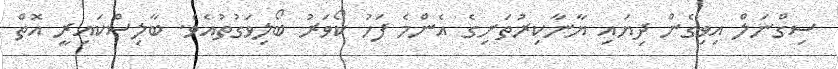
ސިގްނަލް އިވިގެން ދިޔައި ޔާނާކިރުތަށިގެ އެންމެ ފަހު ކޯވަރު ބޯލިވަގުތުއެވެ. ބާލިސްކައިރީ އޮތް